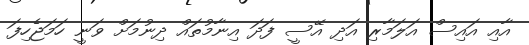
އާއި އައިސް އަލަމާރި އަދި އޭސީ ފަދަ އިނާމުތައް ދިނުމަށް ވަނީ ހަމަޖެހިފަ